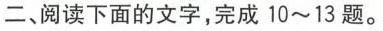
二、阅读下面的文字，完成10~13题。